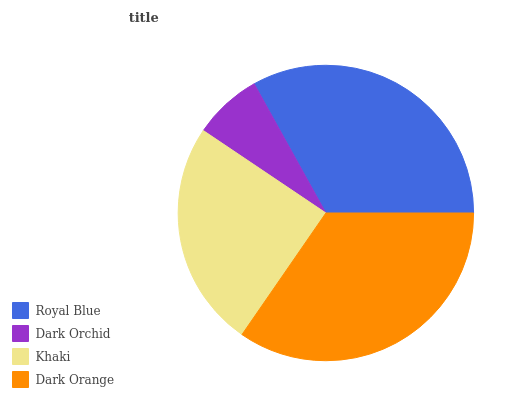
| Royal Blue | Dark Orchid | Khaki | Dark Orange |
 | --- | --- | --- | --- |
 | 33.1% | 7.51% | 24.8% | 34.5% |